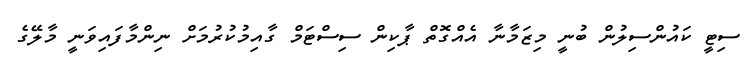
ސިޓީ ކައުންސިލުން ބުނީ މިޒަމާނާ އެއްގޮތް ޕާކިން ސިސްޓަމް ގާއިމުކުރުމަށް ނިންމާފައިވަނީ މާލޭގެ